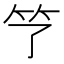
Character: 𮵫